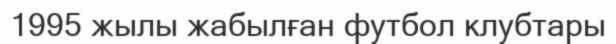
1995 жылы жабылған футбол клубтары